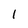
Character: 1